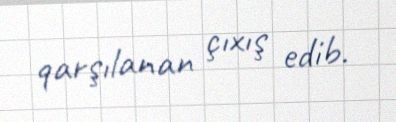
qarşılanan çıxış edib.